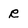
Character: R